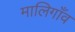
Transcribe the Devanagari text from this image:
मालिगाँव